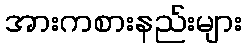
အားကစားနည်းများ